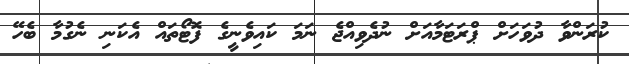
ކުރަންވާ ދުވަހަށް ޕްރަޓަމާއަށް ނުދެވިއްޖެ ނަމަ ކައިވެނީގެ ފޮޓޯތައް އެކަނި ނެގުމާ ބެހޭ